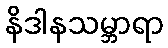
နိဒါနသမ္ဘာရာ